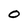
Character: o